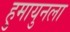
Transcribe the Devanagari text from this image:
हुमायुनला